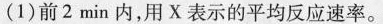
(1)前2min内，用X表示的平均反应速率。